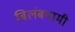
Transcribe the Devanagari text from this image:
बिलंबगामी